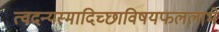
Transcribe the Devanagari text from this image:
त्वदन्यस्मादिच्छाविषयफललाभे